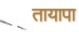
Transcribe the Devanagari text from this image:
तायापा